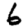
Digit: 6